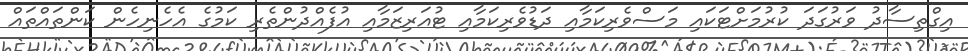
އިގްތިސާދު ވަރުގަދަ ކުރުމަށްޓަކައި މަސްވެރިކަމާއި ދަޑުވެރިކަމާއި ޓުއަރިޒަމާއި އުފެއްދުންތެރި ކަމުގެ އެހެނިހެން ކަންތައްތައް